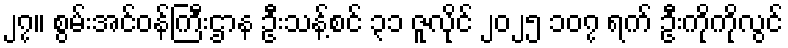
၂၇။ စွမ်းအင်ဝန်ကြီးဌာန ဦးသန့်စင် ၃၁ ဇူလိုင် ၂၀၂၅ ၁၀၇ ရက် ဦးကိုကိုလွင်